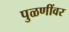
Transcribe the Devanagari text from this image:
पुळणींवर